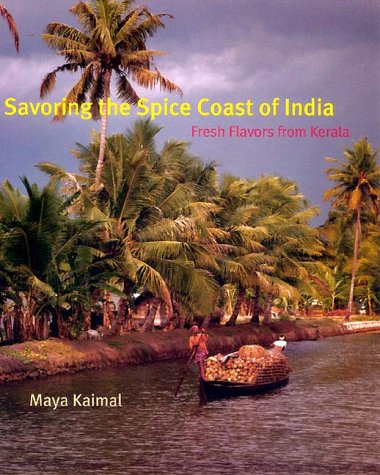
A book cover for Savoring the Spice Coast of India: Fresh Flavors from Kerala; Maya Kaimal; Cookbooks, Food & Wine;